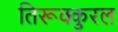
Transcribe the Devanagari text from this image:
तिरूक्कुरल